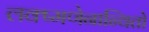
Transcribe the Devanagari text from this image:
लक्ष्मणेनान्वितो